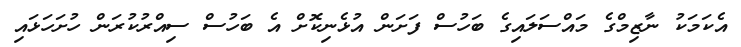
އެކަމަކު ނާޒިމްގެ މައްސަލައިގެ ބަހުސް ފަށަން އުޅެނިކޮށް އެ ބަހުސް ސިއްރުކުރަން ހުށަހަޅައި